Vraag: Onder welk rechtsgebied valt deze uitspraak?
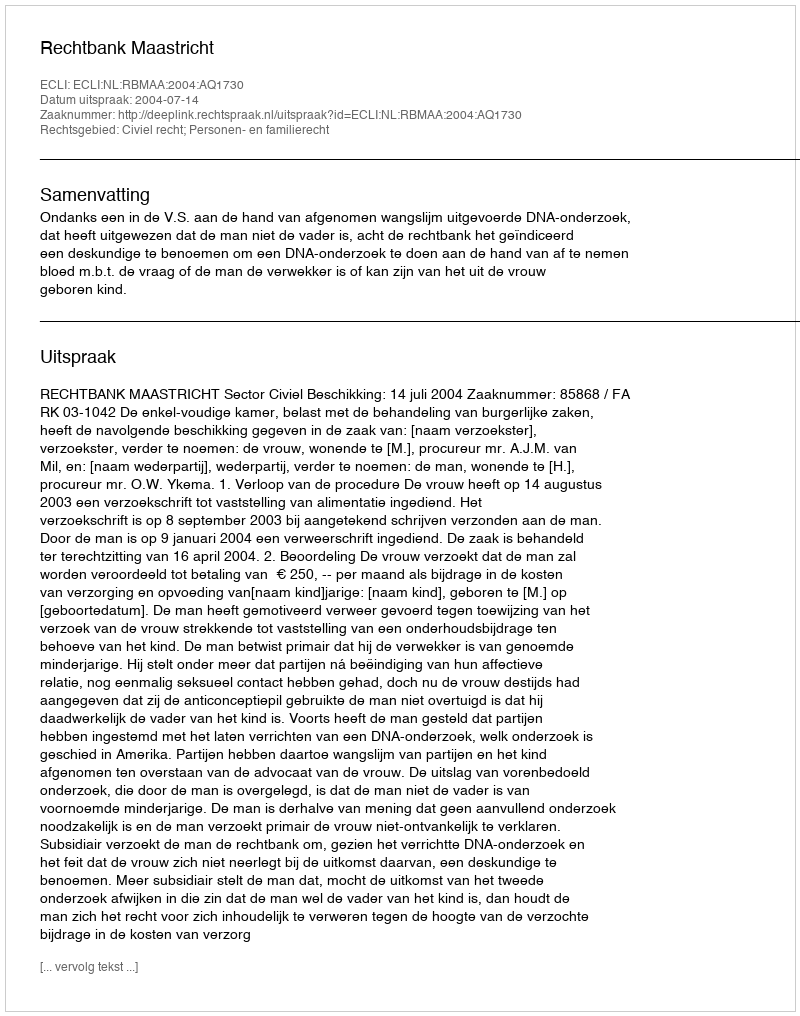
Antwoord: Civiel recht; Personen- en familierecht